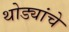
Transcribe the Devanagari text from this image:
थोड्यांचे